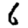
Digit: 6